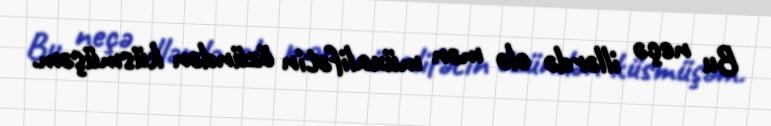
Bu neçə illərdə elə mən müxalifətin özündən küsmüşəm.